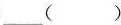
___（ ）